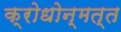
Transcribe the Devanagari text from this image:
क्रोधोन्मत्त